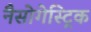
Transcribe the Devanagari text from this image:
नैसोगेस्ट्रिक